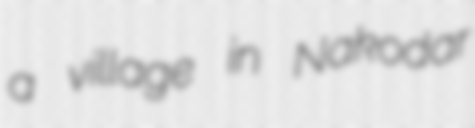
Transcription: a village in Nakodar